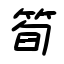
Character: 筍